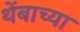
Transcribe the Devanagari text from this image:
थेंबाच्या